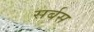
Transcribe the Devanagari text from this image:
सर्बस